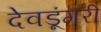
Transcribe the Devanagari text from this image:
देवडूंगरी